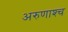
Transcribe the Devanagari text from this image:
अरुणाश्‍च